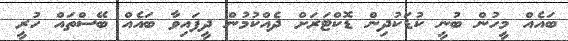
ބައެއް މީހުން ބުނީ ކުޑަކުދިން ޑޮކްޓަރަށް ދެއްކުމުން ދީފައިވާ ބައެއް ބޭސްތައް ހުރީ